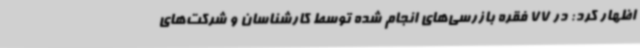
اظهار کرد: در 77 فقره بازرسی‌های انجام شده توسط کارشناسان و شرکت‌های